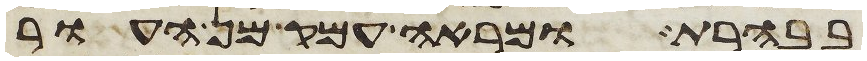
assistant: בבהרת ומראה עמק מן העור